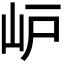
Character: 𡵘